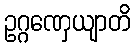
ဥဂ္ဂဏှေယျာတိ